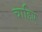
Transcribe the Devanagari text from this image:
चाहिेए